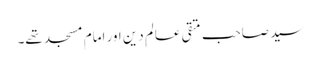
سید صاحب متقی عالمِ دین اور امام مسجد تھے۔